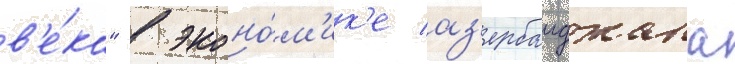
в'е́ка" в эконо́м'ик'е аз'ербаиджана